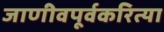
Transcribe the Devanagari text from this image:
जाणीवपूर्वकरित्या